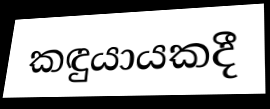
කඳුයායකදී